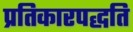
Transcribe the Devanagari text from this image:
प्रतिकारपद्धति